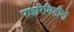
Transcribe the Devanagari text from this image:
पाइरिमिडीनों